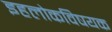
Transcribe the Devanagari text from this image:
इहलोकविषयक